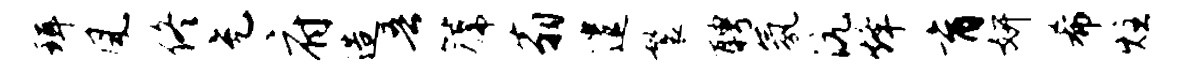
珥风佟充府造吾篪翁遣鬟聘氛沆烽育妍希炷